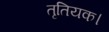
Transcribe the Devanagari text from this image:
तृतियक।